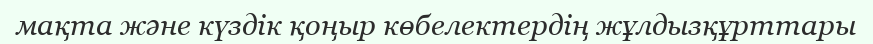
мақта және күздік қоңыр көбелектердің жұлдызқұрттары